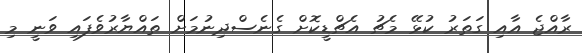
ރާއްޖެ އާއި ގަތަރު ކުޅޭ މެޗު އެޗްޑީކޮށް ގެނެސްދިނުމަށް ތައްޔާރުވެފައި ވަނީ މި